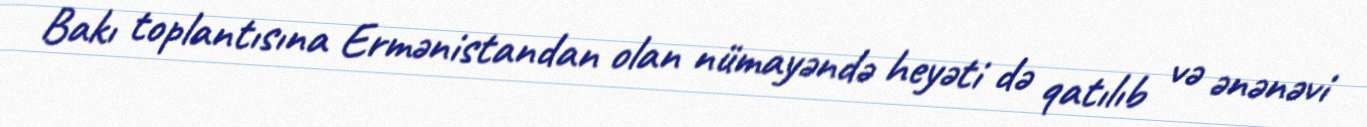
Bakı toplantısına Ermənistandan olan nümayəndə heyəti də qatılıb və ənənəvi